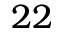
2 2